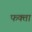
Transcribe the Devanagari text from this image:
फक्ता